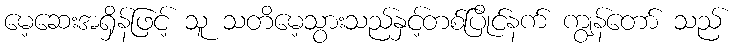
မေ့ဆေးအရှိန်ဖြင့် သူ သတိမေ့သွားသည်နှင့်တစ်ပြိုင်နက် ကျွန်တော် သည်